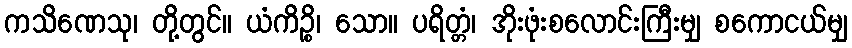
ကသိဏေသု၊ တို့တွင်။ ယံကိဉ္စိ၊ သော။ ပရိတ္တံ၊ အိုးဖုံးစလောင်းကြီးမျှ စကောငယ်မျှ